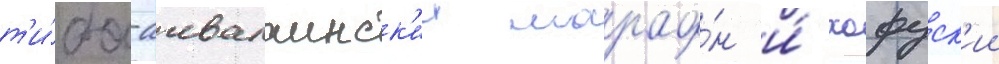
т'и́ба-аквалаинск'ии марафо́н и́ хофуск'ии